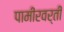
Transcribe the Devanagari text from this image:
पामीरवर्ती